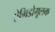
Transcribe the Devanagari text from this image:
ऐमिडोमूलक